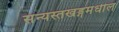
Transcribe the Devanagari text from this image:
संन्यस्तखड्गमधील